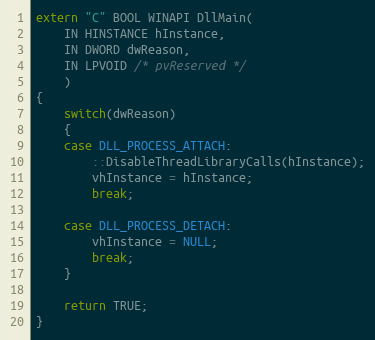
Language: C++
extern "C" BOOL WINAPI DllMain(
    IN HINSTANCE hInstance,
    IN DWORD dwReason,
    IN LPVOID /* pvReserved */
    )
{
    switch(dwReason)
    {
    case DLL_PROCESS_ATTACH:
        ::DisableThreadLibraryCalls(hInstance);
        vhInstance = hInstance;
        break;

    case DLL_PROCESS_DETACH:
        vhInstance = NULL;
        break;
    }

    return TRUE;
}